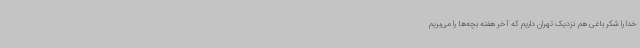
خدا را شکر باغی هم نزدیک تهران داریم که آخر هفته بچه‌ها را می‌بریم